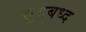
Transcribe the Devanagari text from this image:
सूत्रबध्द